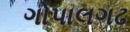
ગોપાલગઢ